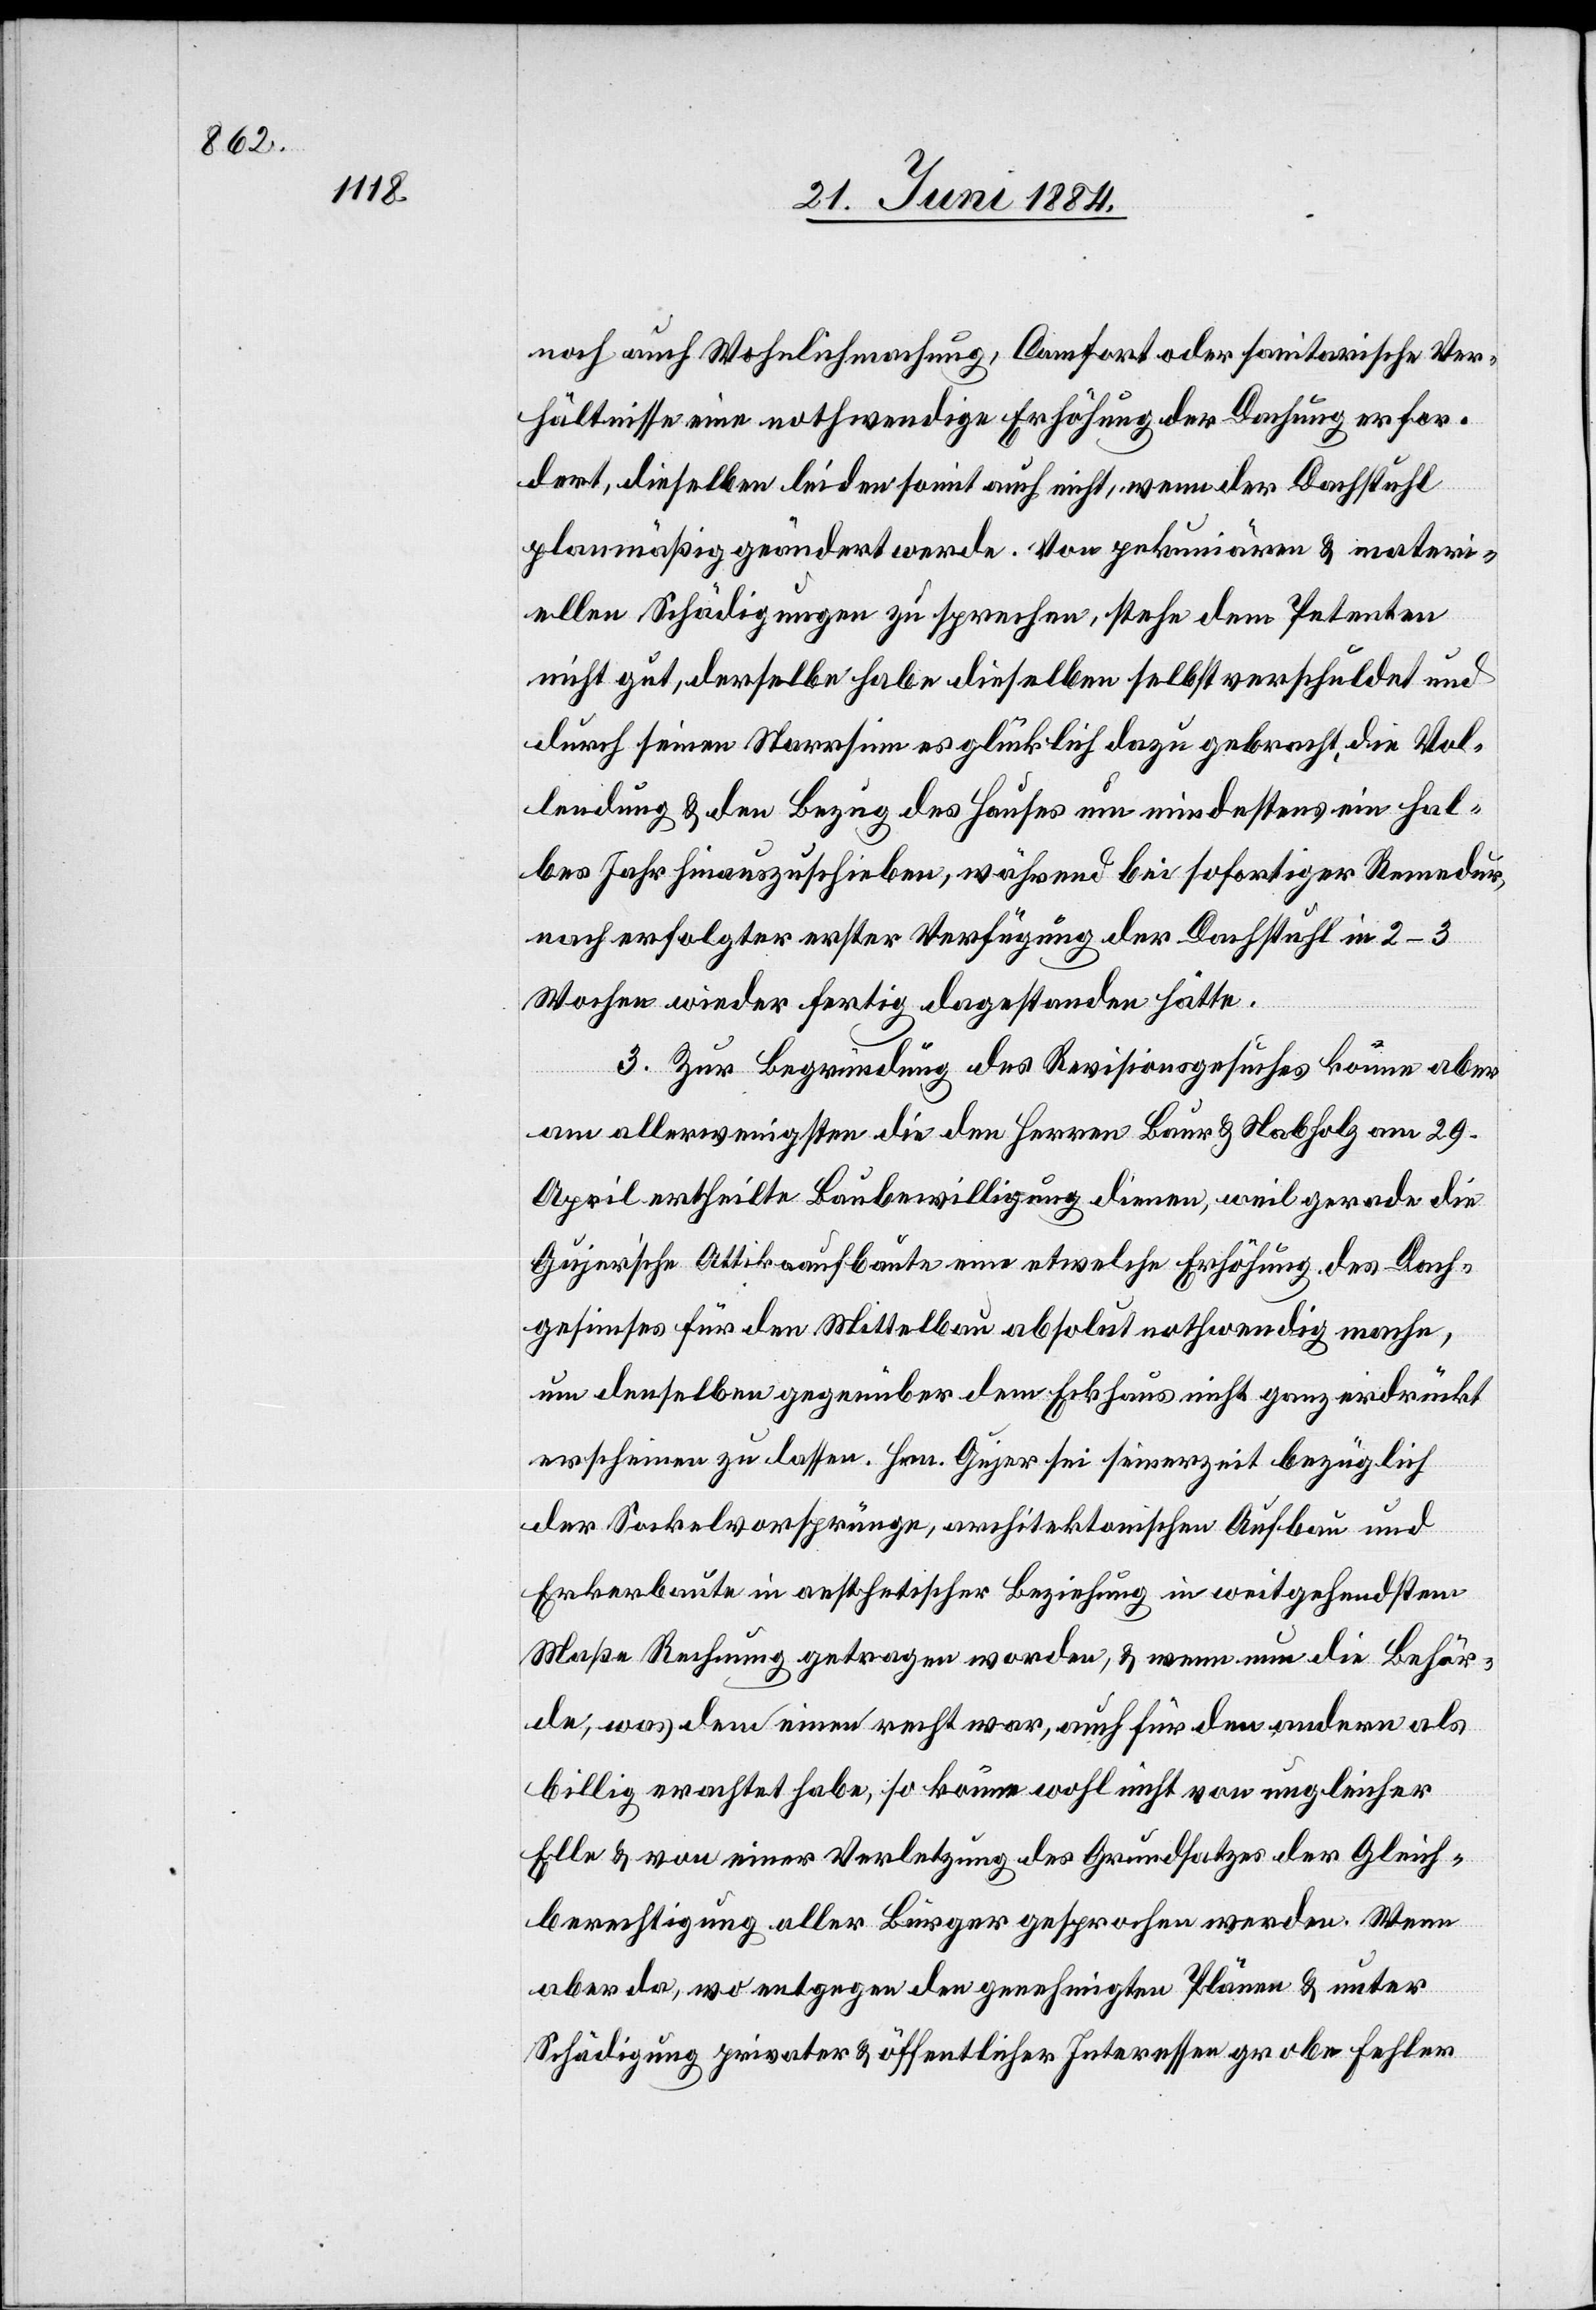
noch auch Wohnlichmachung, Comfort oder sanitarische Ver¬
hältnisse eine nothwendige Erhöhung der Dachung erfor¬
dert, dieselben leiden somit auch nicht, wenn der Dachstuhl
planmäßig geändert werde. Von pekuniären & materi¬
ellen Schädigungen zu sprechen, stehe dem Petenten
nicht gut, derselbe habe dieselben selbst verschuldet und
durch seinen Narrsinn es glücklich dazu gebracht, die Vol¬
lendung & den Bezug des Hauses um mindestens ein hal¬
bes Jahr hinauszuschieben, während bei sofortiger Remedur,
nach erfolgter erster Verfügung der Dachstuhl 2–3
Wochen wieder fertig dagestanden hätte.
3. Zur Begründung des Revisionsgesuches könne aber
am allerwenigsten die den Herren Baur & Nabholz am 29.
April ertheilte Baubewilligung dienen, weil gerade die
Gujer‘sche Attikaaufbaute eine etwelche Erhöhung des Dach¬
gesimses für den Mittelbau absolut nothwendig mache,
um denselben gegenüber dem Eckhaus nicht ganz erdrückt
erscheinen zu lassen. Hrn. Gujer sei seinerzeit bezüglich
der Sockelvorsprünge, architektonischen Aufbau und
Erkerbaute in aesthetischer Beziehung in weitgehendstem
Maße Rechnung getragen worden, & wenn nun die Behör¬
de, was dem einen recht war, auch für den andern als
billig erachtet habe, so könne wohl nicht von ungleicher
Elle & von einer Verletzung des Grundsatzes gesprochen
aber da, wo entgegen den genehmigten Plänen & unter
Schädigung privater & öffentlicher Interessen grobe Fehler